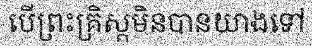
បើព្រះគ្រិស្តមិនបានយាងទៅ